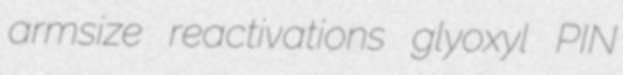
armsize reactivations glyoxyl PIN